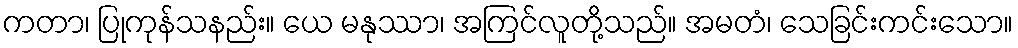
ကတာ၊ ပြုကုန်သနည်း။ ယေ မနုဿာ၊ အကြင်လူတို့သည်။ အမတံ၊ သေခြင်းကင်းသော။